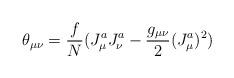
LaTeX: \begin{align*}\theta_{\mu\nu}=\frac{f}{N}(J_{\mu}^{a}J_{\nu}^a -\frac {g_{\mu\nu}}{2}(J_{\mu}^a)^2)\end{align*}